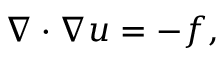
\nabla \cdot \nabla u = - f ,